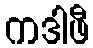
ကဒါဖီ